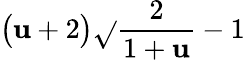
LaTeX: \big(\mathbf{u}+2\big)\sqrt{}{{\frac{{2}}{{1+\mathbf{u}}}-1}}